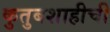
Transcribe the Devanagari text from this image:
कुतुबशाहीची